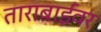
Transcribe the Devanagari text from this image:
ताराबाईंवर